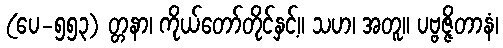
(ပေ-၅၅၃) တ္တနာ၊ ကိုယ်တော်တိုင်နှင့်။ သဟ၊ အတူ။ ပဗ္ဗဇ္ဇိတာနံ၊